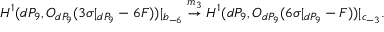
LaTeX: H ^ { 1 } ( d P _ { 9 } , { \cal O } _ { d P _ { 9 } } ( 3 \sigma | _ { d P _ { 9 } } - 6 F ) ) | _ { b _ { - 6 } } \stackrel { m _ { 3 } } { \rightarrow } H ^ { 1 } ( d P _ { 9 } , { \cal O } _ { d P _ { 9 } } ( 6 \sigma | _ { d P _ { 9 } } - F ) ) | _ { c _ { - 3 } } .